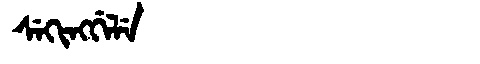
Manchu: ᠰᡝᡴᡳᠩᡤᡝᠯᡝ
Romanization: SEKINGGELE